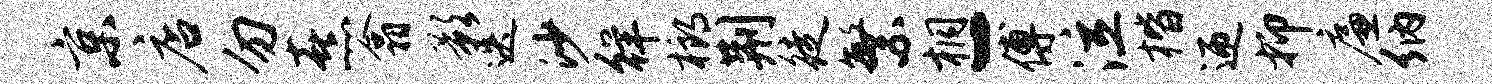
京店勿熹翕影迭沙徉榔荆徒繁桐-傅泣楷迎抑廉纳